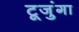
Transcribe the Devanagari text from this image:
टूजुंगा